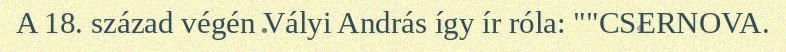
A 18. század végén Vályi András így ír róla: ""CSERNOVA.